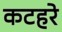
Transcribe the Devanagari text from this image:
कटहरे